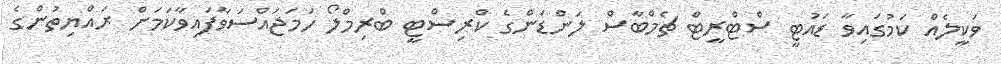
ވަކީލެއް ކަމުގައިވާ ޑައުޓީ ސްޓްރީޓް ޗެމްބާސް ލަންޑަންގެ ކްރިސްޓީ ބްރިމްލޯ ހަމަޖައްސަވާފައިވާކަމަށް ރައްޔިތުންގެ